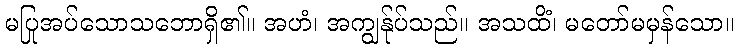
မပြုအပ်သောသဘောရှိ၏။ အဟံ၊ အကျွန်ုပ်သည်။ အသထိံ၊ မတော်မမှန်သော။